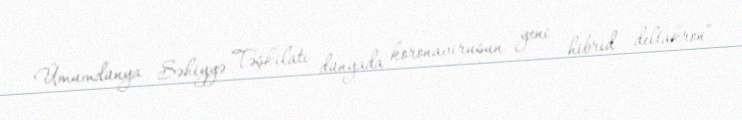
Ümumdünya Səhiyyə Təşkilatı dünyada koronavirusun yeni hibrid "deltakron”